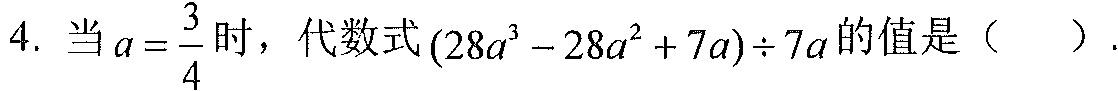
4. 当\(a = \frac{3}{4}\)时，代数式\((28a^{3}-28a^{2}+7a)\div7a\)的值是（  ）.